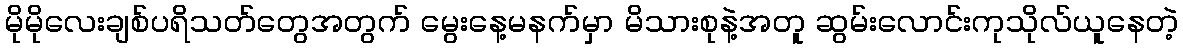
မိုမိုလေးချစ်ပရိသတ်တွေအတွက် မွေးနေ့မနက်မှာ မိသားစုနဲ့အတူ ဆွမ်းလောင်းကုသိုလ်ယူနေတဲ့